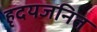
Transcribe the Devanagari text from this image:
हृदयजनित